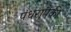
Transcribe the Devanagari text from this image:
पंधरापैकी